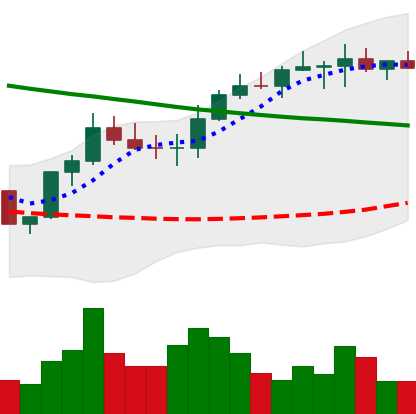
Ticker: BNB-USD
Chart end date: 2022-08-13
Forward return: -7.944%
Label: down_7plus